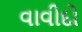
વાવીદો